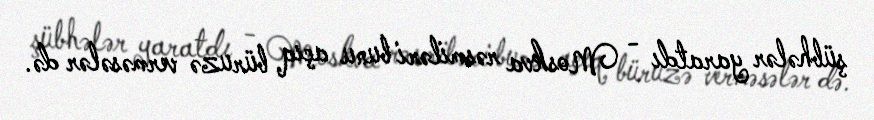
şübhələr yaratdı - Moskva rəsmiləri bunu açıq büruzə verməsələr də.